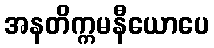
အနတိက္ကမနီယောပေ